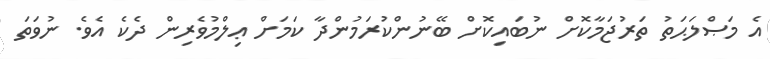
އެ މަޞްލަޙަތު ތަރުޖަމާކޮށް ނުބައިކޮށް ބޭނުންކުރަމުންދާ ކަމަށް ޢިލްމުވެރިން ދެކެ އެވެ. ނުވަތަ